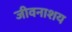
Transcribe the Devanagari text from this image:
जीवनाशय